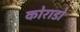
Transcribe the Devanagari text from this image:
कोराडो